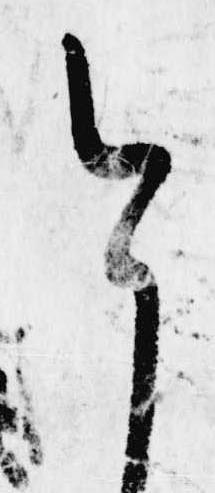
今